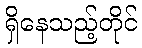
ရှိနေသည့်တိုင်